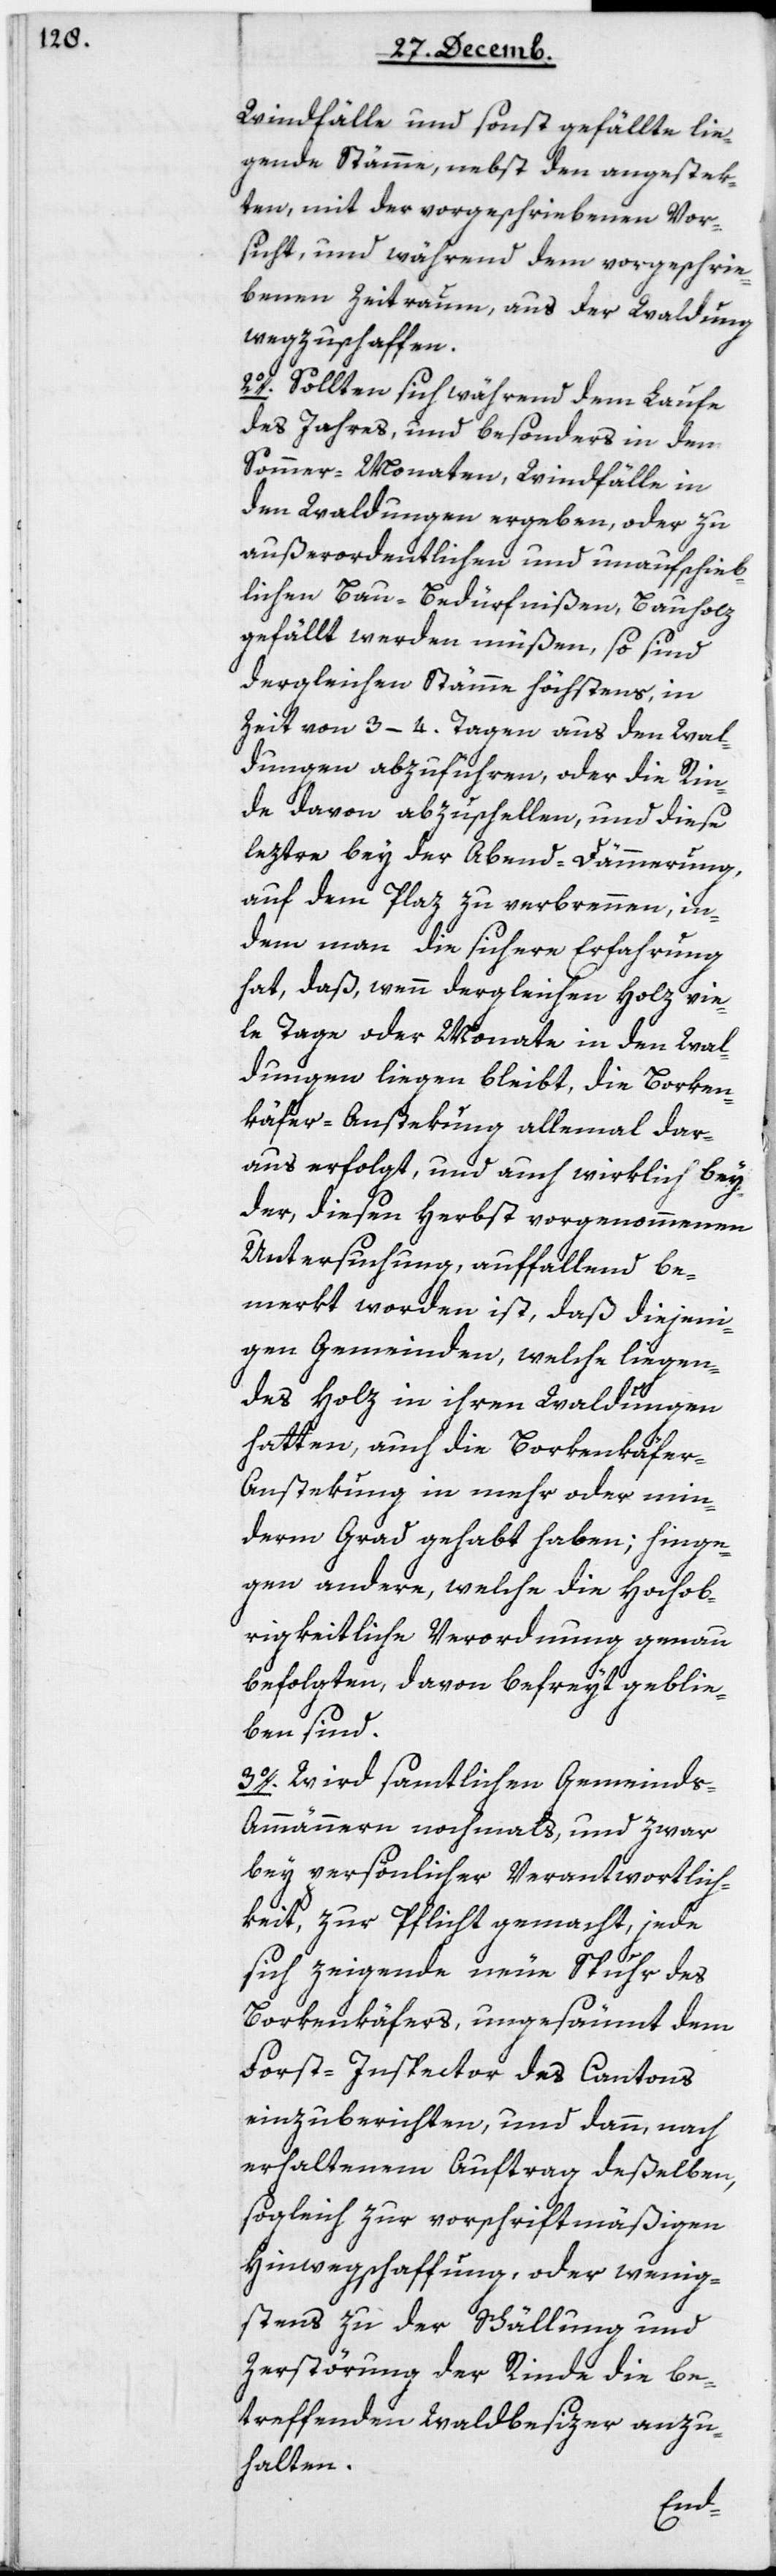
Windfälle und sonst gefällte lie¬
gende Stämme, nebst den angestek¬
ten, mit der vorgeschriebenen Vor¬
sicht, und während dem vorgeschrie¬
benen Zeitraum, aus der Waldung
wegzuschaffen.
2. Sollten sich während dem Laufe
des Jahres, und besonders in den
Sommer-Monaten, Windfälle in
den Waldungen ergeben, oder zu
außerordentlichen und unaufschieb¬
lichen Bau-Bedürfnißen, Bauholz
gefällt werden müßen, so sind
dergleichen Stämme höchstens, in
Zeit von 3–4 Tagen aus den Wal¬
dungen abzuführen, oder die Rin¬
de davon abzuschellen, und diese
leztre bey der Abend-Dämmerung
auf dem Plaz zu verbrennen, in¬
dem man die sichere Erfahrung
hat, daß wenn dergleichen Holz vie¬
le Tage oder Monate in den Wal¬
dungen liegen bleibt, die Borken¬
käfer-Anstekung allemal dar¬
aus erfolgt, und auch wirklich bey
der, diesen Herbst vorgenommenen
Untersuchung auffallend be¬
merkt worden ist, daß diejeni¬
gen Gemeinden, welche liegen¬
des Holz in ihren Waldungen
hatten, auch die Borkenkäfer-A¬
nstekung in mehr oder min¬
derm Grad gehabt haben; hinge¬
gen andere, welche die Hochob¬
rigkeitliche Verordnung genau
befolgten, davon befreyt geblie¬
ben sind.
3. Wird samtlichen Gemeind¬
s-Ammännern nochmals, und zwar
bey persönlicher Veranwortlich¬
keit zur Pflicht gemacht, jede
sich zeigende neue Spuhr des
Borkenkäfers, ungesäumt dem
Forst-Inspector des Cantons
einzuberichten, und dann nach
erhaltenem Auftrag deßelben,
sogleich zur vorschriftsmäßigen
Hinwegschaffung, oder wenig¬
stens zu der Schällung und
Zerstörung der Rinde die be¬
treffenden Waldbesitzer anzu¬
halten.